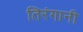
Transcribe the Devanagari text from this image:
तिरंगानी